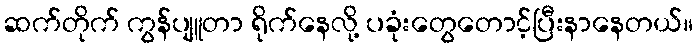
ဆက်တိုက် ကွန်ပျူတာ ရိုက်နေလို့ ပခုံးတွေတောင့်ပြီးနာနေတယ်။